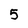
Character: 5